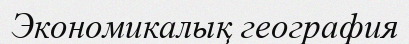
Экономикалық география